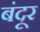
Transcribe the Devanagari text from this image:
बंदूर